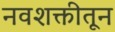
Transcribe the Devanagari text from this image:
नवशक्तीतून